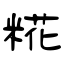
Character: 糀